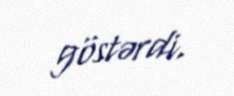
göstərdi.